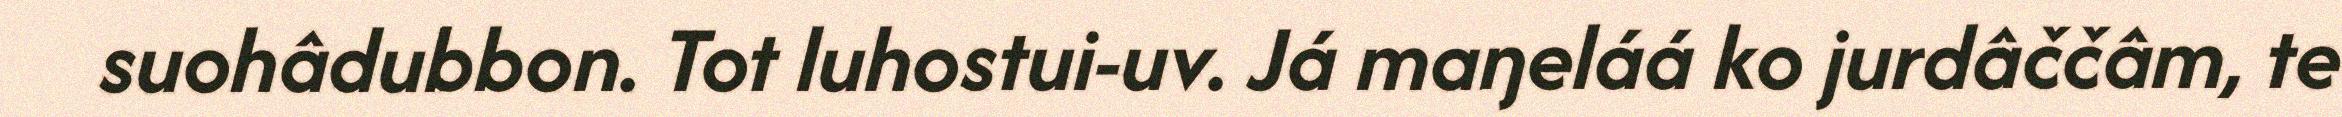
suohâdubbon. Tot luhostui-uv. Já maŋeláá ko jurdâččâm, te